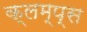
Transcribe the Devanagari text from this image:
क्लम्प्स